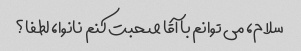
سلام، می توانم با آقا صحبت کنم نانوا، لطفا؟